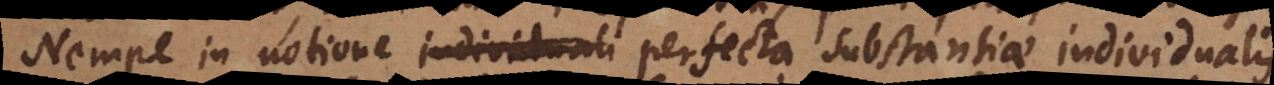
Nempe in notione individuali perfecta substantiae individualis